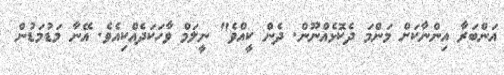
އަންބަރާ އިންނާކަށް މަންމަ ދެކޮޅެއްނޫން. ދެން ކީއްވެ" ނީލަމް ވާހަކަދެއްކިއެވެ. އޭނާ މަޑުމަޑުން